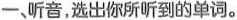
一、听音,选出你所听到的单词。